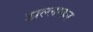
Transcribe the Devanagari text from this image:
झल्लाकर